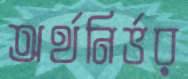
অর্থনির্ভর